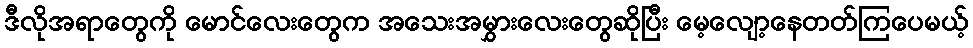
ဒီလိုအရာတွေကို မောင်လေးတွေက အသေးအမွှားလေးတွေဆိုပြီး မေ့လျော့နေတတ်ကြပေမယ့်